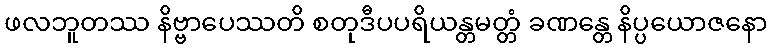
ဖလဘူတဿ နိဗ္ဗာပေဿတိ စတုဒီပပရိယန္တမတ္တံ ခဏန္တေ နိပ္ပယောဇနော